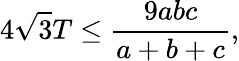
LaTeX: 4{\sqrt{3}}T\leq{\frac{9abc}{a+b+c}},